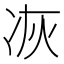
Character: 𠗇